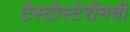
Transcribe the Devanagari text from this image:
टेस्टोस्टेरॉनची